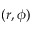
( r , \phi )